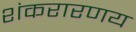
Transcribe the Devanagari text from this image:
शंकरारणय